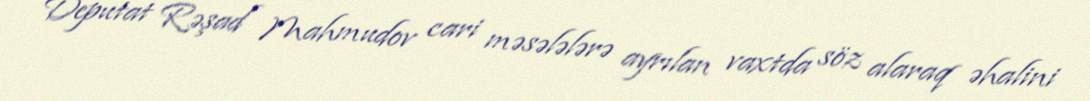
Deputat Rəşad Mahmudov cari məsələlərə ayrılan vaxtda söz alaraq əhalini